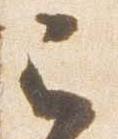
巳